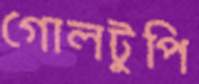
গোলটুপি